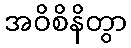
အဝိစိနိတွာ